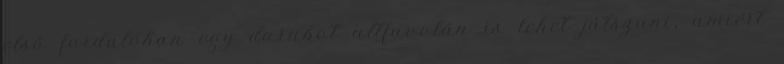
első fordulóban egy darabot altfuvolán is lehet játszani, amiért